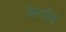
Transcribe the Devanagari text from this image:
फ़ेर्नाड